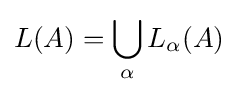
L(A)=\bigcup _{\alpha }L_{\alpha }(A)